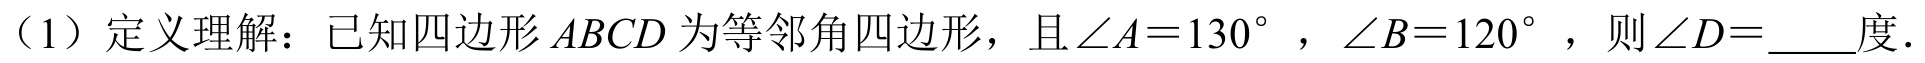
（1）定义理解：已知四边形 \(ABCD\) 为等邻角四边形，且\(\angle A = 130^{\circ}\)，\(\angle B = 120^{\circ}\)，则\(\angle D=\underline{\quad\quad}\)度．